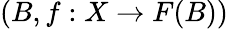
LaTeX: (B,f:X\to F(B))